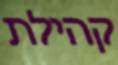
קהילת